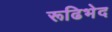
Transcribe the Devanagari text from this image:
रूढिभेद